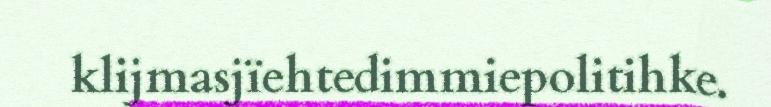
klijmasjïehtedimmiepolitihke.